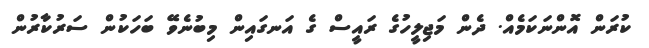
ކުރަން އޮންނަކަމެއް. ދެން މަޖިލީހުގެ ރައީސް ގެ އަނގައިން މިބުނެވޭ ބަހަކުން ސަރުކާރުން